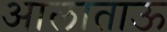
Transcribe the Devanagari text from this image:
आलाताऊ